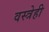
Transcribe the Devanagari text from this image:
वस्त्रेही